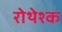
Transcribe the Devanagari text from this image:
रोथेश्क